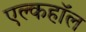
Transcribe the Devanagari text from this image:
एल्कहॉल